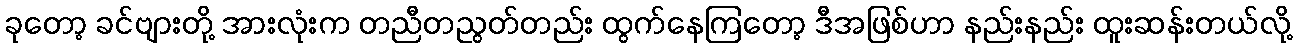
ခုတော့ ခင်ဗျားတို့ အားလုံးက တညီတညွတ်တည်း ထွက်နေကြတော့ ဒီအဖြစ်ဟာ နည်းနည်း ထူးဆန်းတယ်လို့